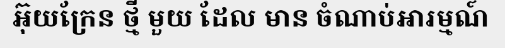
អ៊ុយក្រែន ថ្មី មួយ ដែល មាន ចំណាប់អារម្មណ៍